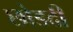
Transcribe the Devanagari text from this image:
छोडदी